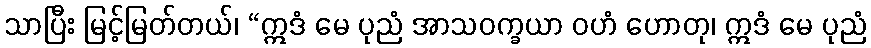
သာပြီး မြင့်မြတ်တယ်၊ “ဣဒံ မေ ပုညံ အာသဝက္ခယာ ဝဟံ ဟောတု၊ ဣဒံ မေ ပုညံ